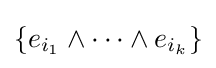
\{e_{i_{1}}\wedge \cdots \wedge e_{i_{k}}\}